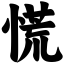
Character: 慌